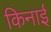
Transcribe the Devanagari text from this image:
किनाई